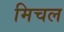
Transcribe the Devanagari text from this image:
मिचल